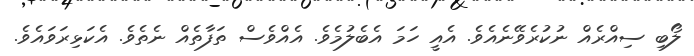
ލޯބި ސިއްރެއް ނުކުރެވޭނެއެވެ. އެއީ ހަމަ އެބެލުމެވެ. އެއްވެސް ތަފާތެއް ނެތެވެ. އެކަޅިރަވައެވެ.